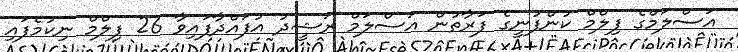
އަސްލަމްގެ ފިލްމް ކުންފުނީގެ ފަރާތުން އަސްލަމް ރަޝީދު އުފައްދާފައިވާ 26 ފިލްމް ނިކުމެފައި